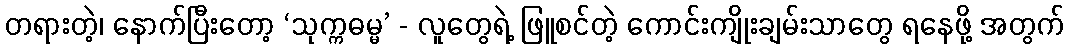
တရားတဲ့၊ နောက်ပြီးတော့ ‘သုက္ကဓမ္မ’ - လူတွေရဲ့ ဖြူစင်တဲ့ ကောင်းကျိုးချမ်းသာတွေ ရနေဖို့ အတွက်